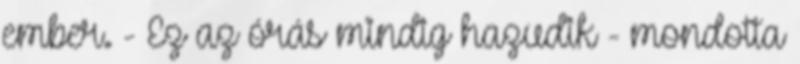
ember. - Ez az órás mindig hazudik - mondotta